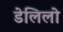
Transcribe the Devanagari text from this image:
डेलिलो